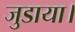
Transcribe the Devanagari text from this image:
जुडाया।